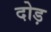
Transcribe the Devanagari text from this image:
दोड़